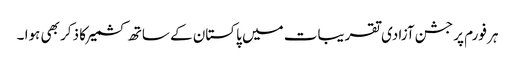
ہر فورم پر جشن آزادی تقریبات میں پاکستان کے ساتھ کشمیر کا ذکر بھی ہوا ۔